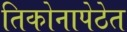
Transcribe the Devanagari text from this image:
तिकोनापेठेत